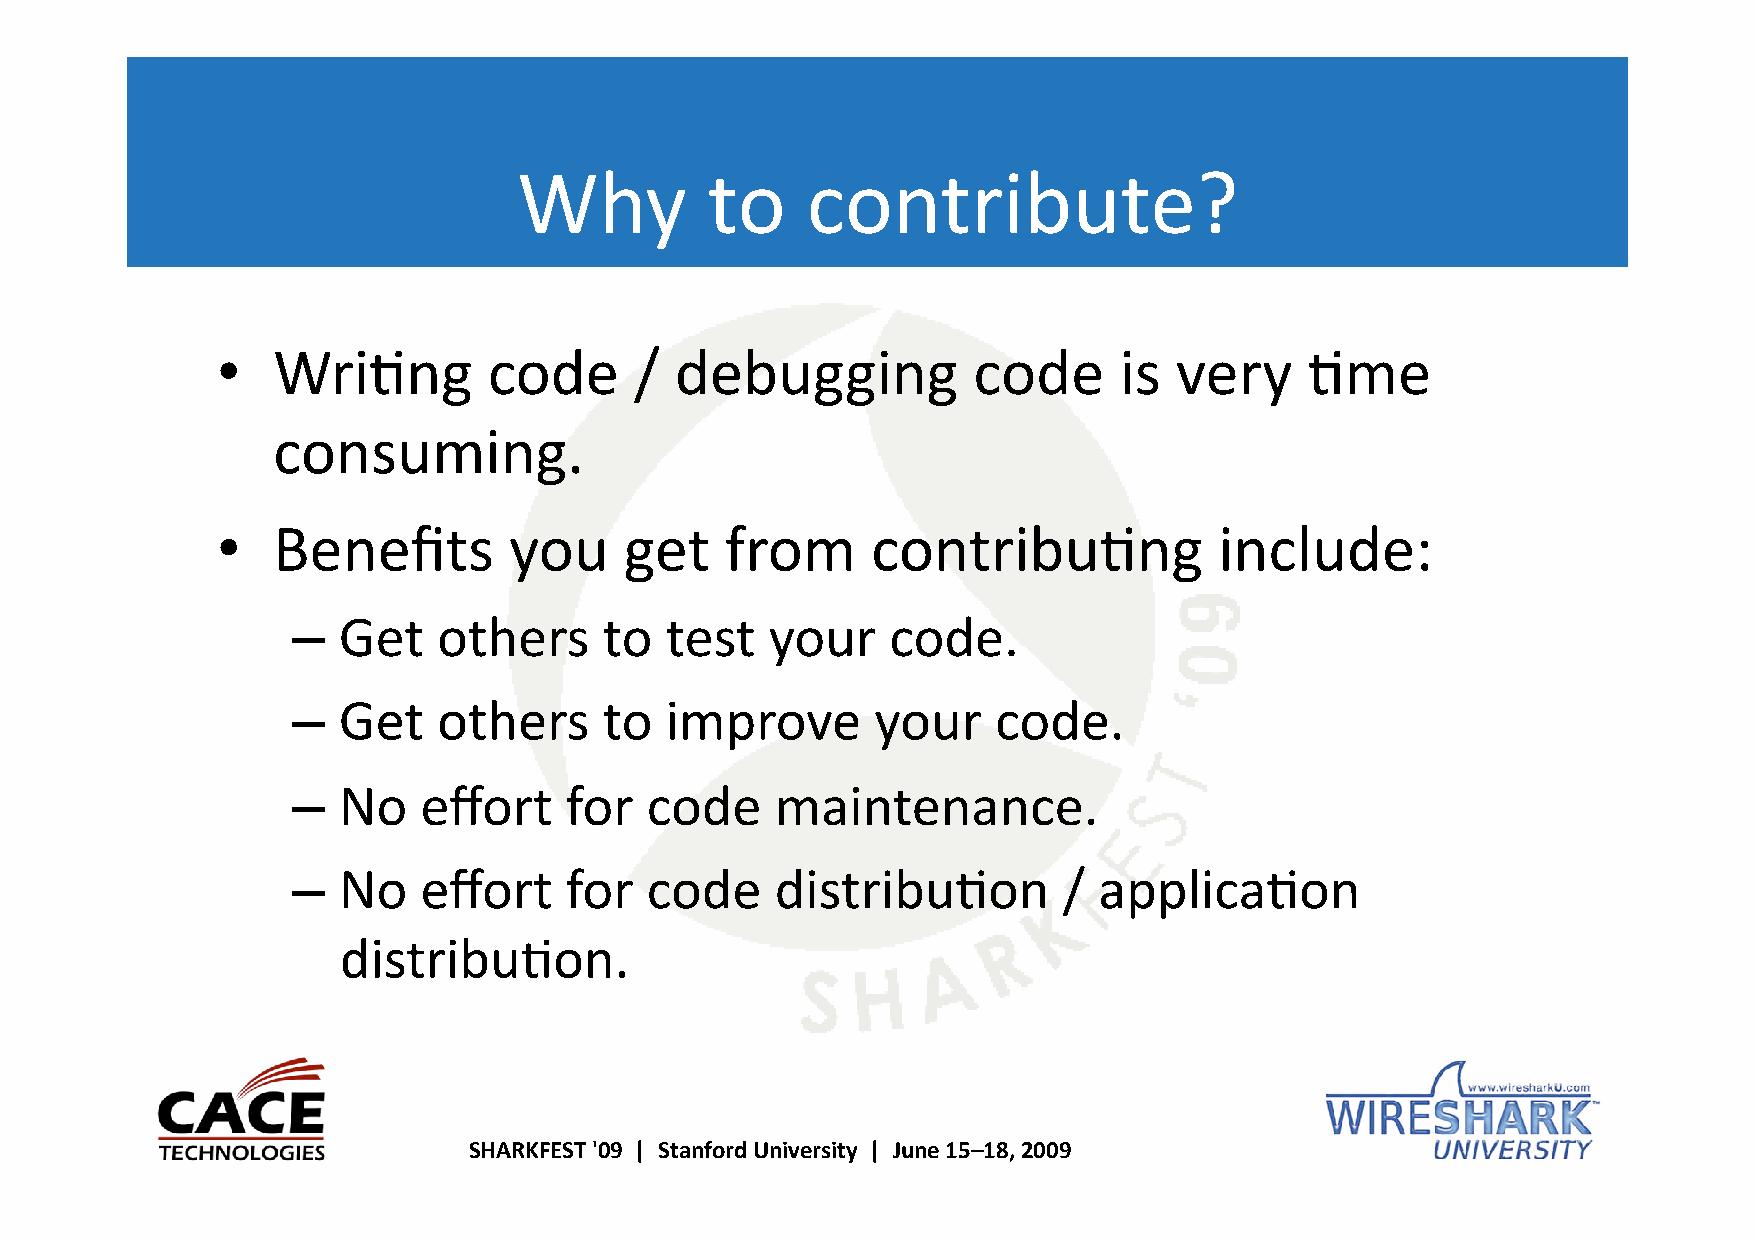
Why          to    contribute?
 •   Wri8ng        code      /  debugging          code      is  very     8me
 consuming.
 •   Benefits        you    get    from      contribu8ng            include:
 –  Get    others     to  test   your    code.
 –  Get    others     to  improve       your    code.
 –  No    effort   for   code    maintenance.
 –  No    effort   for   code    distribu8on        /  applica8on
 distribu8on.
 SHARKFEST '09 | Stanford University | June 15–18, 2009